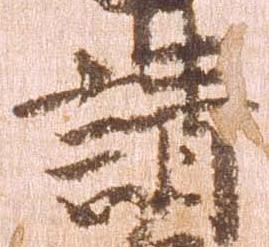
請